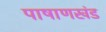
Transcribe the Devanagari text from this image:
पाषाणखंड